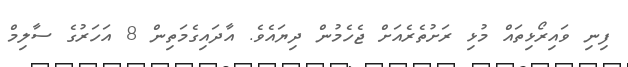
ފިނި ވައިރޯޅިތައް މުޅި ރަށުތެރެއަށް ޖެހެމުން ދިޔައެވެ. އާދައިގެމަތިން 8 އަހަރުގެ ސާލިމް